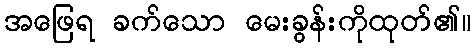
အဖြေရ ခက်သော မေးခွန်းကိုထုတ်၏။